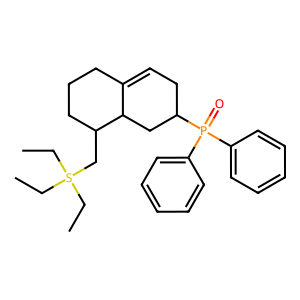
SMILES: CCS(CC)(CC)CC1CCCC2=CCC(P(=O)(c3ccccc3)c3ccccc3)CC21
Inhibits HIV replication: No